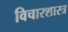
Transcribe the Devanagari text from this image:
विचारशास्त्र